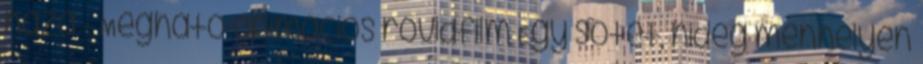
haza - Megható animációs rövidfilm Egy sötét, hideg menhelyen